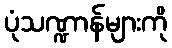
ပုံသဏ္ဍာန်များကို